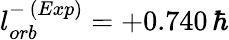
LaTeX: l_{orb}^{-\, (Exp)}=+0.740\, \hbar